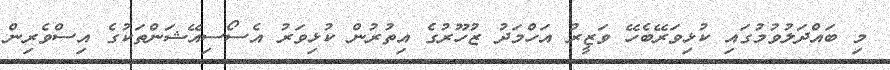
މި ބައްދަލުވުމުގައި ކުޅިވަރޭބެހޭ ވަޒީރު އަހްމަދު ޒުހޫރުގެ އިތުރުން ކުޅިވަރު އެސޯސިއޭޝަންތަކުގެ އިސްވެރިން